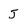
Character: J